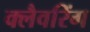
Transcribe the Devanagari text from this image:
क्लैवरिंग